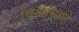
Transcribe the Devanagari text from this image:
विश्रांमग्रहे